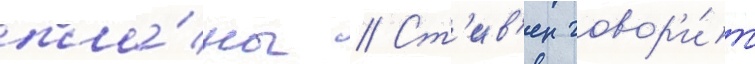
пла́ны // Ст'ив'ен говор'и́т